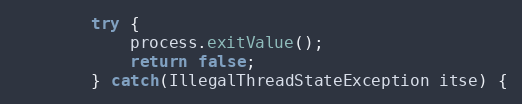
Language: Java
        try {
            process.exitValue();
            return false;
        } catch(IllegalThreadStateException itse) {